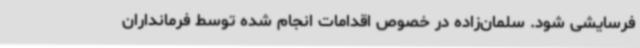
فرسایشی شود. سلمان‌زاده در خصوص اقدامات انجام شده توسط فرمانداران